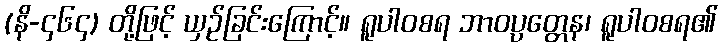
(နိ-၄၆၄) တို့ဖြင့် ယှဉ်ခြင်းကြောင့်။ ရူပါဝစရ ဘာဝပ္ပတ္တေန၊ ရူပါဝစရ၏